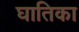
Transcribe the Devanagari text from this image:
घातिका